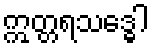
ဣတ္တရသဒ္ဓေါ